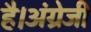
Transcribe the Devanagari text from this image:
है।अंग्रेजी